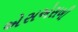
એસએસબી